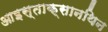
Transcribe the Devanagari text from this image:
आइस्ताक्सानथिन